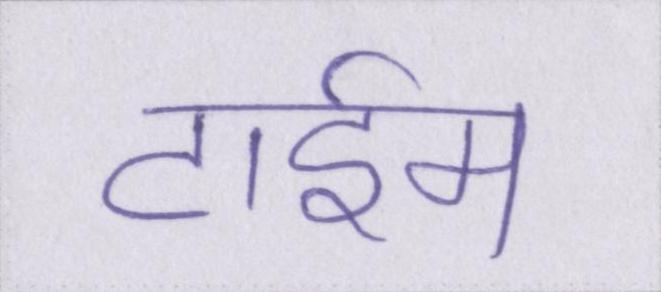
टाईम